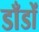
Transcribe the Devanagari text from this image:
डाँडों